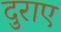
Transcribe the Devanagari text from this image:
दुराए